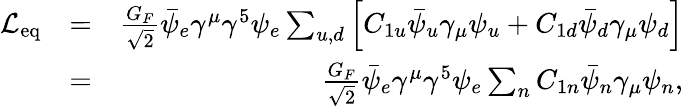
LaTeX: \begin{array}{rlr}{{\cal L}_{\mathrm{eq}}}&{=}&{\frac{G_{F}}{\sqrt{2}}\bar{\psi}_{e}\gamma^{\mu}\gamma^{5}\psi_{e}\sum_{u,d}\left[C_{1u}\bar{\psi}_{u}\gamma_{\mu}\psi_{u}+C_{1d}\bar{\psi}_{d}\gamma_{\mu}\psi_{d}\right]}\\ &{=}&{\frac{G_{F}}{\sqrt{2}}\bar{\psi}_{e}\gamma^{\mu}\gamma^{5}\psi_{e}\sum_{n}C_{1n}\bar{\psi}_{n}\gamma_{\mu}\psi_{n},}\end{array}